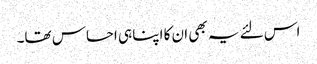
اس لئے یہ بھی ان کا اپنا ہی احساس تھا۔